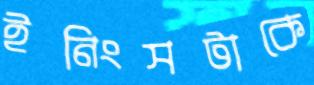
ইনিংসটাকে